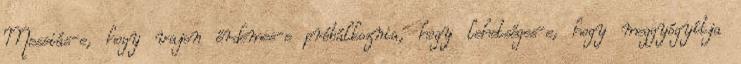
Messiás-e, hogy vajon érdemes-e próbálkoznia, hogy lehetséges-e, hogy meggyógyítja